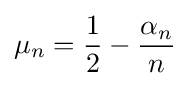
\mu _{n}={\frac {1}{2}}-{\frac {\alpha _{n}}{n}}